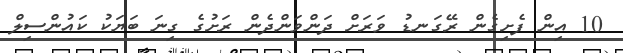
10 އިން ފެށިގެން ރޭގަނޑު ވަރަށް ދަންވަންދެން ރަށުގެ ގިނަ ބަޔަކު ކައުންސިލް